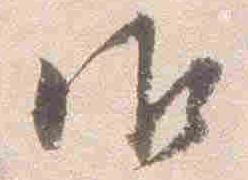
御